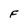
Character: F